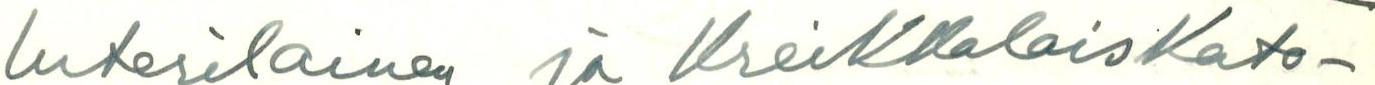
luterilainen ja KreikkalaisKato-